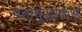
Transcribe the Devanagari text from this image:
महायुद्धाकडे